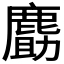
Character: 𪊹